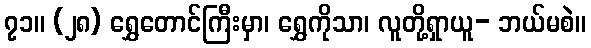
၇၁။ (၂၈) ရွှေတောင်ကြီးမှာ၊ ရွှေကိုသာ၊ လူတို့ရှာယူ- ဘယ်မစဲ။